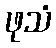
ဖုသံ